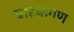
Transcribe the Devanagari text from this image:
ग्राहकगण